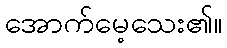
အောက်မေ့သေး၏။